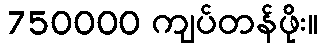
750000 ကျပ်တန်ဖိုး။